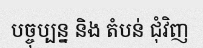
បច្ចុប្បន្ន និង តំបន់ ជុំវិញ